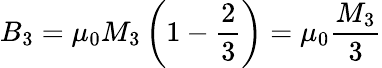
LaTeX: B_{3}=\mu_{0}M_{3}\left(1-{\frac{2}{3}}\right)=\mu_{0}{\frac{M_{3}}{3}}